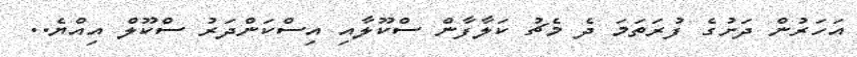
އަހަރުން ދަށުގެ ފުރަތަމަ ދެ މެޗު ކަލާފާން ސްކޫލާއި އިސްކަންދަރު ސްކޫލް އިއްޔެ..